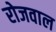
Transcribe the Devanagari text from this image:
रोजवाल